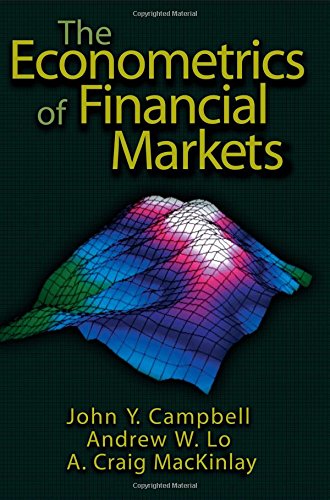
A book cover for The Econometrics of Financial Markets; John Y. Campbell; Business & Money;